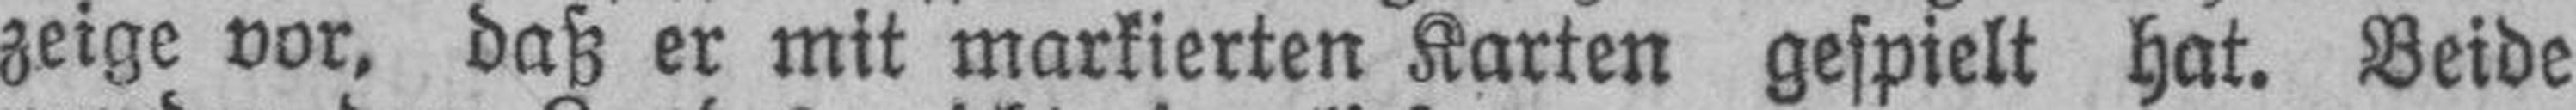
zeige vor, daß er mit markierten Karten gespielt hat. Beide